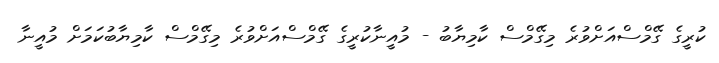
ކުރީގެ ގޭމްސްއަށްވުރެ މިގޭމްސް ކާމިޔާބު - މުއީނާކުރީގެ ގޭމްސްއަށްވުރެ މިގޭމްސް ކާމިޔާބުކަމަށް މުއީނާ